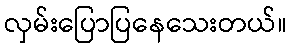
လှမ်းပြောပြနေသေးတယ်။